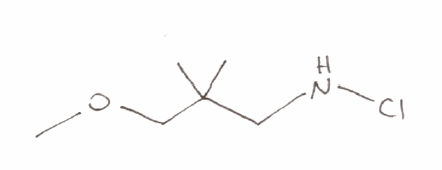
Simplified molecular-input line-entry system (SMILES) notation of the given molecule:
CC(C)(CNCl)COC